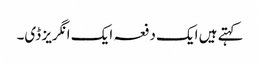
کہتے ہیں ایک دفعہ ایک انگریز ڈی۔